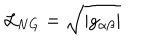
LaTeX: { \cal L } _ { N G } = \sqrt { | g _ { \alpha \beta } | }